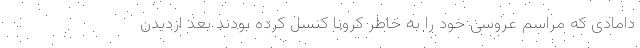
دامادی که مراسم عروسی خود را به خاطر کرونا کنسل کرده بودند بعد ازدیدن